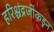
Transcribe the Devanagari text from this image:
हरिश्चंद्रजींकडून